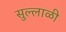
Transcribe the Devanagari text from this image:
सुल्लाळी